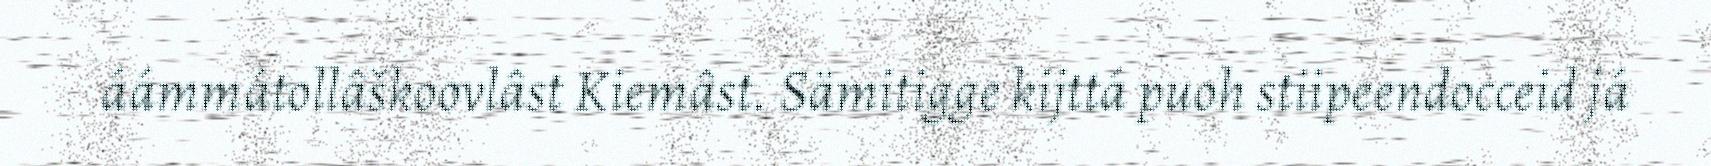
áámmátollâškoovlâst Kiemâst. Sämitigge kijttá puoh stiipeendocceid já